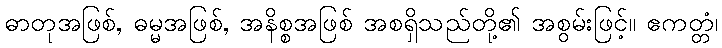
ဓာတုအဖြစ်, ဓမ္မအဖြစ်, အနိစ္စအဖြစ် အစရှိသည်တို့၏ အစွမ်းဖြင့်။ ဧကတ္တံ၊